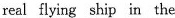
real flying ship in the